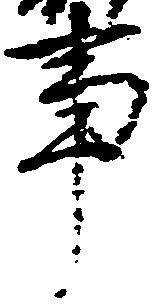
事